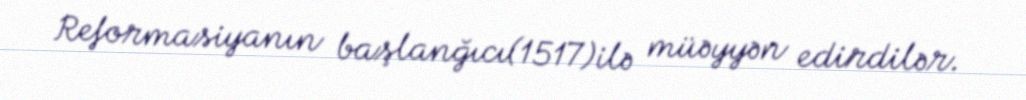
Reformasiyanın başlanğıcı(1517)ilə müəyyən edirdilər.